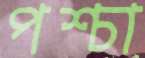
পশ্চা